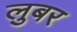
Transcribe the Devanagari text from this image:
लुबर